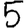
Digit: 5